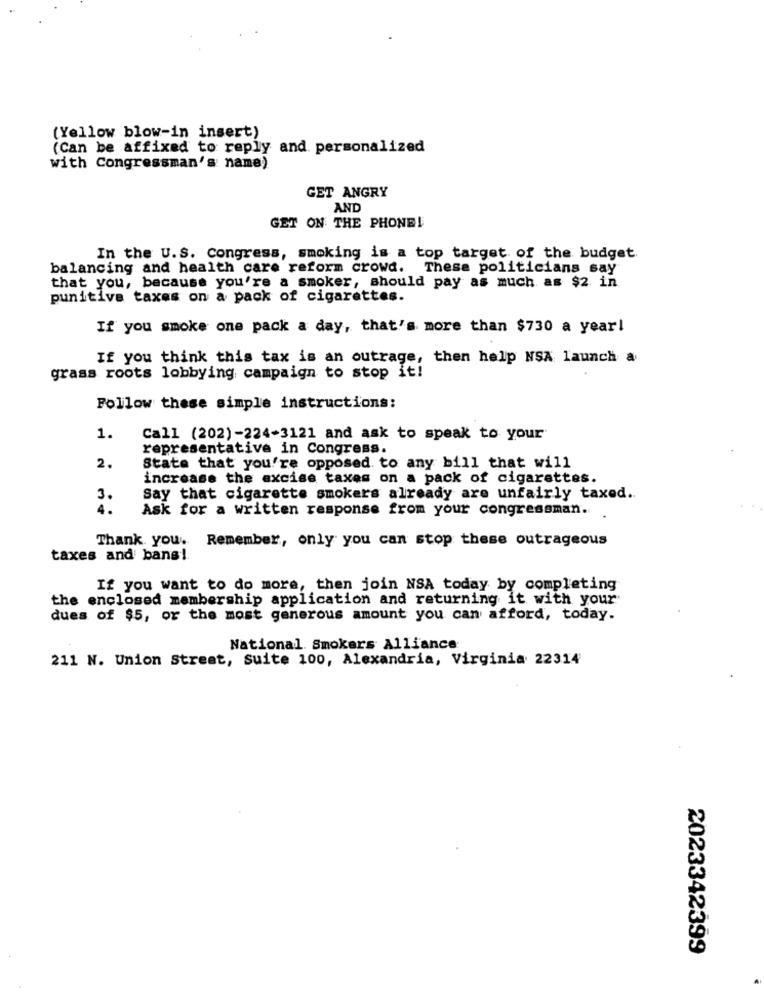
(Yellow blow-in insert)
(Can be affixed to reply and. personalized
with Congressman's name)
GET ANGRY
AND
GET ON THE PHONE!
In the U.S. Congress, smoking is a top target of the budget
balancing and health care reform crowd.
These politicians say
that you, because you're a smoker, should pay as much as $2 in
punitive taxes on a pack of cigarettes.
If you smoke one pack a day, that's more than $730 a year!
If you think this tax is an outrage, then help NSA launch a
grass roots lobbying campaign to stop it!
Follow these simple instructions:
1.
Call (202)-224-3121 and ask to speak to your
representative in Congress.
2.
State that you're opposed to any bill that will
increase the excise taxes on a pack of cigarettes.
3.
Say that cigarette smokers already are unfairly taxed ..
4.
Ask for a written response from your congressman.
Thank you. Remember, only you can stop these outrageous
taxes and bans!
If you want to do more, then join NSA today by completing
the enclosed membership application and returning it with your
dues of $5, or the most generous amount you can afford, today.
National. Smokers Alliance
211 N. Union Street, Suite 100, Alexandria, Virginia 22314
2023342399